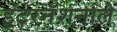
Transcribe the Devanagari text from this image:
इंटरनॅशनाले